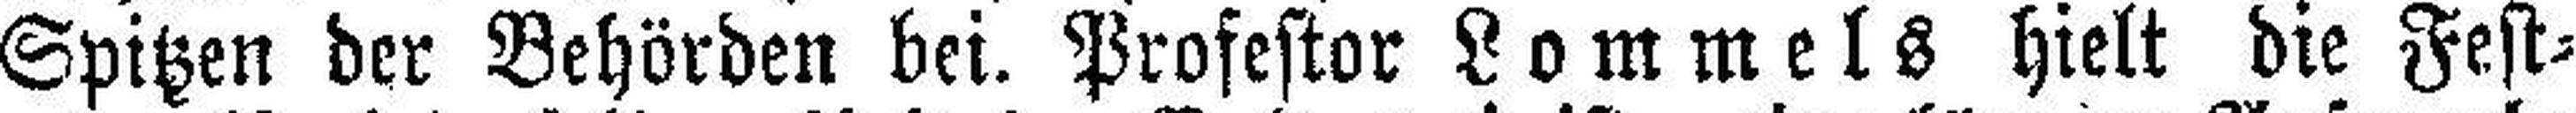
Spitzen der Behörden bei. Profestor Lommels hielt die Fest¬